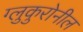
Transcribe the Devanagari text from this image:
ग्लुकुरोनील